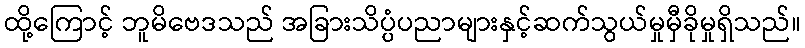
ထို့ကြောင့် ဘူမိဗေဒသည် အခြားသိပ္ပံပညာများနှင့်ဆက်သွယ်မှုမှီခိုမှုရှိသည်။